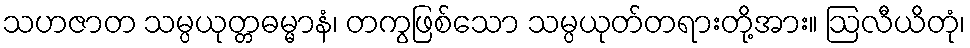
သဟဇာတ သမ္ပယုတ္တဓမ္မာနံ၊ တကွဖြစ်သော သမ္ပယုတ်တရားတို့အား။ ဩလီယိတုံ၊